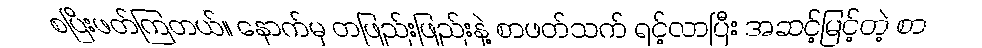
စပြီးဖတ်ကြတယ်။ နောက်မှ တဖြည်းဖြည်းနဲ့ စာဖတ်သက် ရင့်လာပြီး အဆင့်မြင့်တဲ့ စာ